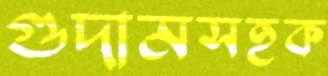
গুদামসহক